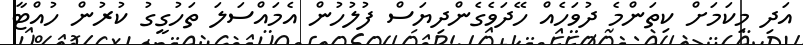
އަދި މިކަމަށް ކިތަންމެ ދުވަހެއް ހޭދަވެގެންދިޔަސް ފުލުހުން އެމައްސަލަ ތަހުގީގު ކުރުން ހުއްޓާ